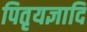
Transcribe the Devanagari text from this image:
पितृयज्ञादि